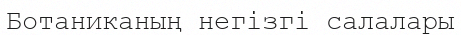
Ботаниканың негізгі салалары